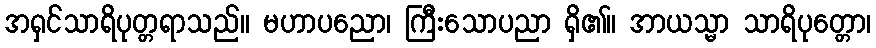
အရှင်သာရိပုတ္တရာသည်။ မဟာပညော၊ ကြီးသောပညာ ရှိ၏။ အာယသ္မာ သာရိပုတ္တော၊